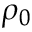
\rho _ { 0 }